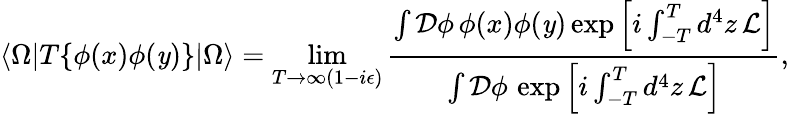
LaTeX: \langle\Omega|T\{ \phi(x)\phi(\mathit{y})\} |\Omega\rangle=\operatorname*{lim}_{T\to\infty(1-i\epsilon)}{\frac{{\int{\mathcal{{D}}}\phi\, \phi(x)\phi(\mathit{y})\exp\left[i\int_{-T}^{T}d^{4}z\, {\mathcal{{L}}}\right]}}{{\int{\mathcal{{D}}}\phi\, \exp\left[i\int_{-T}^{T}d^{4}z\, {\mathcal{{L}}}\right]}}},